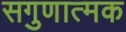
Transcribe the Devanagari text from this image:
सगुणात्मक